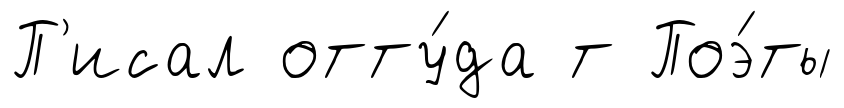
П'исал отту́да т Поэ́ты